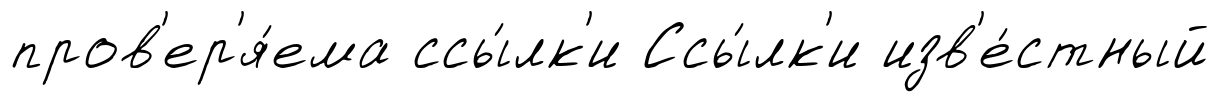
пров'ер'я́ема ссы́лк'и Ссы́лк'и изв'е́стный